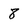
Character: 8